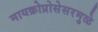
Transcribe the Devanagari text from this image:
मायक्रोप्रोसेसरमुळे